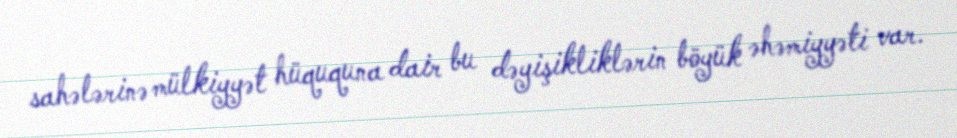
sahələrinə mülkiyyət hüququna dair bu dəyişikliklərin böyük əhəmiyyəti var.